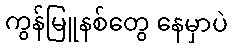
ကွန်မြူနစ်တွေ နေမှာပဲ